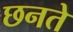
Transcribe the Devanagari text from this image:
छनते